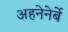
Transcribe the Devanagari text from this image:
अहनेनेर्बे